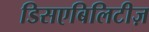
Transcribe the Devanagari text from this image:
डिसएबिलिटीज़